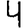
Digit: 4